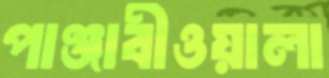
পাঞ্জাবীওয়ালা